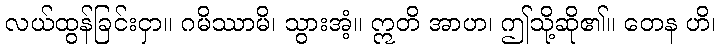
လယ်ထွန်ခြင်းငှာ။ ဂမိဿာမိ၊ သွားအံ့။ ဣတိ အာဟ၊ ဤသို့ဆို၏။ တေန ဟိ၊